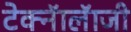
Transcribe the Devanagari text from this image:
टेक्नॅालॅाजी